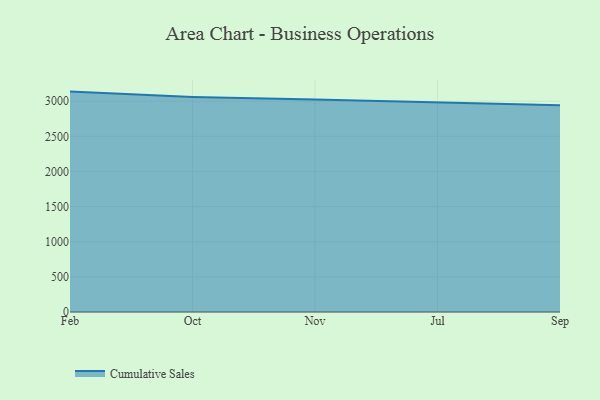
{"axis": {"x": "Month", "y": "Budget (USD K)"}, "legend": ["Cumulative Sales"], "data": [{"x": "Feb", "y": 3136.0, "type": "Cumulative Sales"}, {"x": "Oct", "y": 3060.6, "type": "Cumulative Sales"}, {"x": "Nov", "y": 3022.2, "type": "Cumulative Sales"}, {"x": "Jul", "y": 2978.1, "type": "Cumulative Sales"}, {"x": "Sep", "y": 2942.7, "type": "Cumulative Sales"}]}